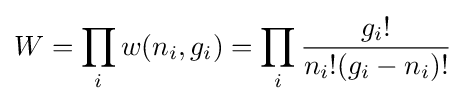
W=\prod _{i}w(n_{i},g_{i})=\prod _{i}{\frac {g_{i}!}{n_{i}!(g_{i}-n_{i})!}}